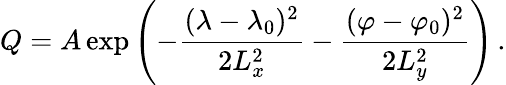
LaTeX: Q=A\exp\left(-\frac{(\lambda-\lambda_{0})^{2}}{2L_{x}^{2}}-\frac{(\varphi-\varphi_{0})^{2}}{2L_{y}^{2}}\right)\, .